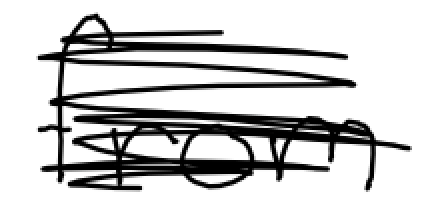
Text: from
Cross-out: scratch
Writing tool: digital_black